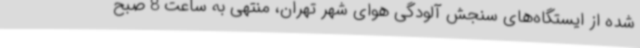
شده از ایستگاه‌های سنجش آلودگی هوای شهر تهران، منتهی به ساعت 8 صبح